Scottish Education Department, 1929
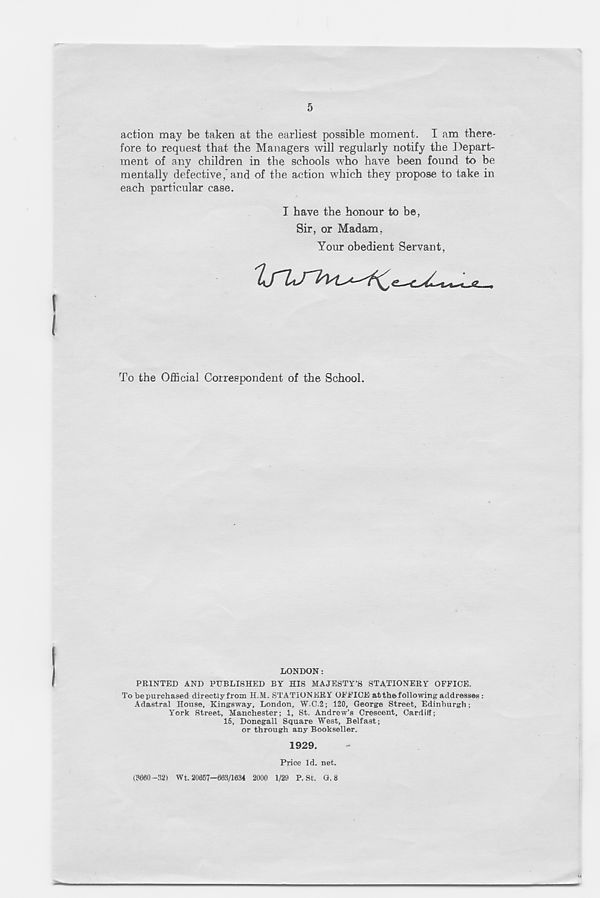
5
action may be taken at the earliest possible moment. I am there-
fore to request that the Managers will regularly notify the Depart-
ment of any children in the schools who have been found to be
mentally defective," and of the action which they propose to take in
each particular case.
I have the honour to be,
Sir, or Madam,
Your obedient Servant,
To the Official Correspondent of the School.
LONDON:
PRINTED AND PUBLISHED BY HIS MAJESTY’S STATIONERY OFFICE.
r I'o be purchased directly from H.M. STATIONERY OFFICE at the following addresses :
Adastral House, Kingsway, London, W.C.2; 120, George Street, Edinburgh;
York Street, Manchester; 1, St. Andrew’s Crescent, Cardiff;
15, Donegall Square West, Belfast;
or through any Bookseller.
1929.
Price Id. net.
(?660—32) Wt. 20657—663/1034 2000 1/29 P. St, G. 8